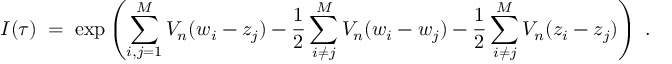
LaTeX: I ( \tau ) \; = \; \exp \left( \sum _ { i , j = 1 } ^ { M } V _ { n } ( w _ { i } - z _ { j } ) - \frac { 1 } { 2 } \sum _ { i \neq j } ^ { M } V _ { n } ( w _ { i } - w _ { j } ) - \frac { 1 } { 2 } \sum _ { i \neq j } ^ { M } V _ { n } ( z _ { i } - z _ { j } ) \right) \; .